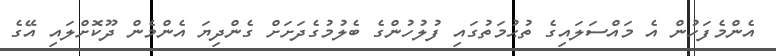
އެންމެފަހުން އެ މައްސަލައިގެ ތުޙުމަތުގައި ފުލުހުންގެ ބެލުމުގެދަށަށް ގެންދިޔަ އެންމެން ދޫކޮށްލައި އޭގެ